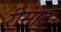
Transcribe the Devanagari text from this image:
रीमोट